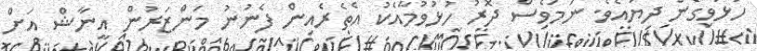
ހުޅުވިގެން ދިޔައެވެ. ނަމަވެސް ދޮރު ހުޅުވުމާއެކު އެތެރެއިން ފެނުނު މަންޒަރުން އީނާޝް އަށް